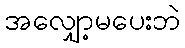
အလျှော့မပေးဘဲ